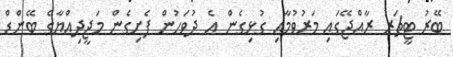
ބޭރު ޓީޗަރު ރާއްޖޭގައި މަރުވުމާއި ގުޅިގެން އެ ދުވަހުން ފެށިގެން މަޖީދިއްޔާގެ ބޭންޑް